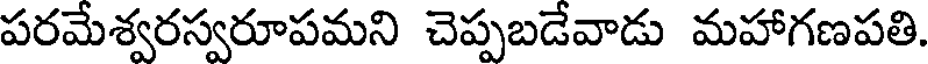
పరమేశ్వరస్వరూపమని చెప్పబడేవాడు మహాగణపతి.